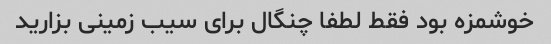
خوشمزه بود فقط لطفا چنگال برای سیب زمینی بزارید